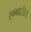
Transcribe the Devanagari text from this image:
स्म्भातीत